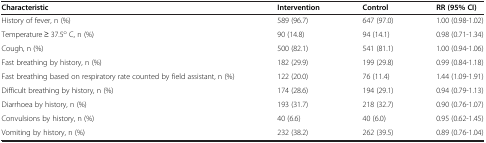
| Characteristic | Intervention | Control | RR (95% CI) |
 | --- | --- | --- | --- |
 | History of fever, n (%) | 589 (96.7) | 647 (97.0) | 1.00 (0.98-1.02) |
 | Temperature ≥ 37.5o C, n (%) | 90 (14.8) | 94 (14.1) | 0.98 (0.71-1.34) |
 | Cough, n (%) | 500 (82.1) | 541 (81.1) | 1.00 (0.94-1.06) |
 | Fast breathing by history, n (%) | 182 (29.9) | 199 (29.8) | 0.99 (0.84-1.18) |
 | Fast breathing based on respiratory rate counted by field assistant, n (%) | 122 (20.0) | 76 (11.4) | 1.44 (1.09-1.91) |
 | Difficult breathing by history, n (%) | 174 (28.6) | 194 (29.1) | 0.94 (0.79-1.13) |
 | Diarrhoea by history, n (%) | 193 (31.7) | 218 (32.7) | 0.90 (0.76-1.07) |
 | Convulsions by history, n (%) | 40 (6.6) | 40 (6.0) | 0.95 (0.62-1.45) |
 | Vomiting by history, n (%) | 232 (38.2) | 262 (39.5) | 0.89 (0.76-1.04) |